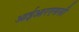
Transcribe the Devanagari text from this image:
आईआरएससी